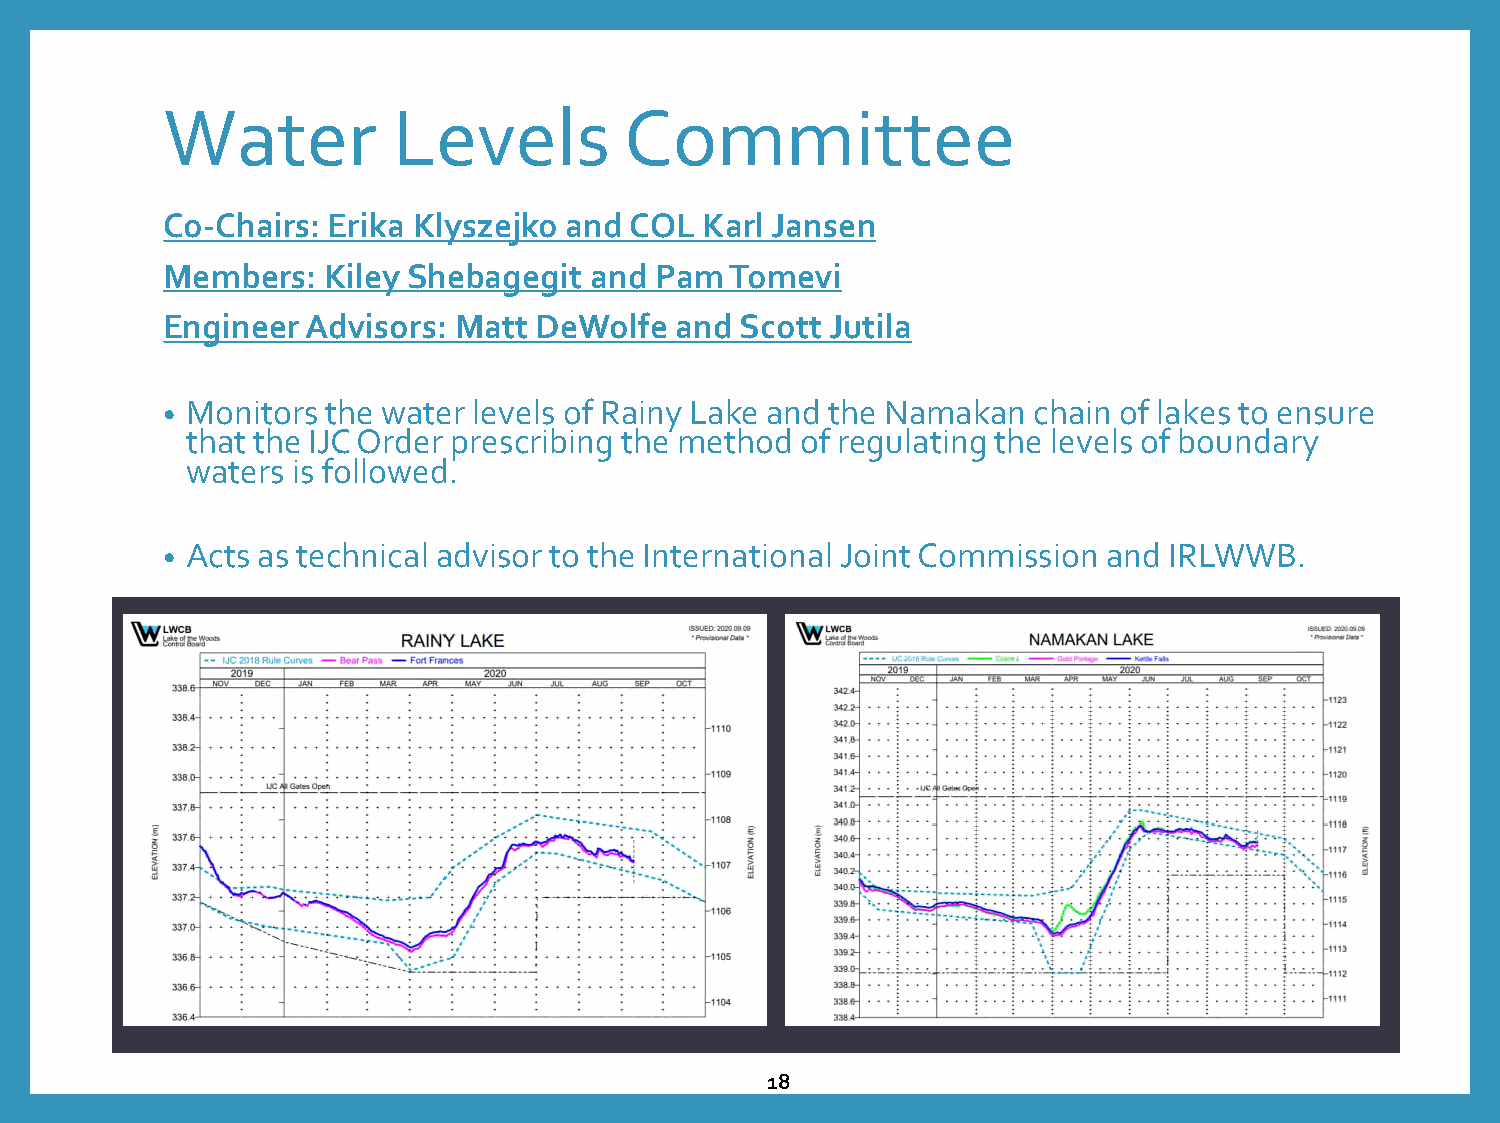
Water          Levels         Committee
 Co-Chairs: Erika Klyszejko and COL  Karl Jansen
 Members:  Kiley Shebagegit  and Pam  Tomevi
 Engineer Advisors: Matt  DeWolfe  and Scott Jutila
 • Monitors the water levels of Rainy Lake and the Namakan chain of lakes to ensure
 that the IJC Order prescribing the method of regulating the levels of boundary
 waters is followed.
 • Acts as technical advisor to the International Joint Commission and IRLWWB.
 18